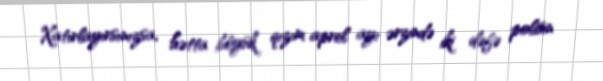
Xatırlayırsınızsa, hətta böyük qızım aprel ayı ərzində iki dəfə polisin